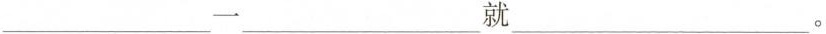
___一___就___。